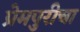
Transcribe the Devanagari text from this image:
प्रेमपुरीचा